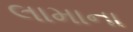
લામાના